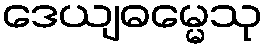
ဒေယျဓမ္မေသု